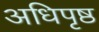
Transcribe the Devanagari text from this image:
अधिपृष्ठ